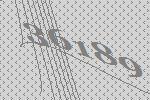
36189